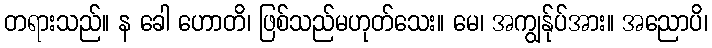
တရားသည်။ န ခေါ ဟောတိ၊ ဖြစ်သည်မဟုတ်သေး။ မေ၊ အကျွန်ုပ်အား။ အညောပိ၊